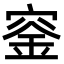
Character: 𥦨